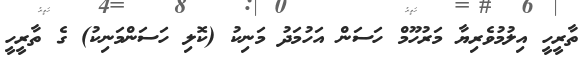
ތާރީހީ އިލުމުވެރިޔާ މަރުހޫމް ހަސަން އަހުމަދު މަނިކު (ކޮލި ހަސަންމަނިކު) ގެ ތާރީހީ